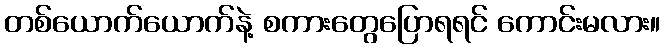
တစ်ယောက်ယောက်နဲ့ စကားတွေပြောရရင် ကောင်းမလား။